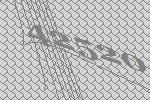
42520